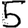
Digit: 5